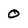
Character: 0